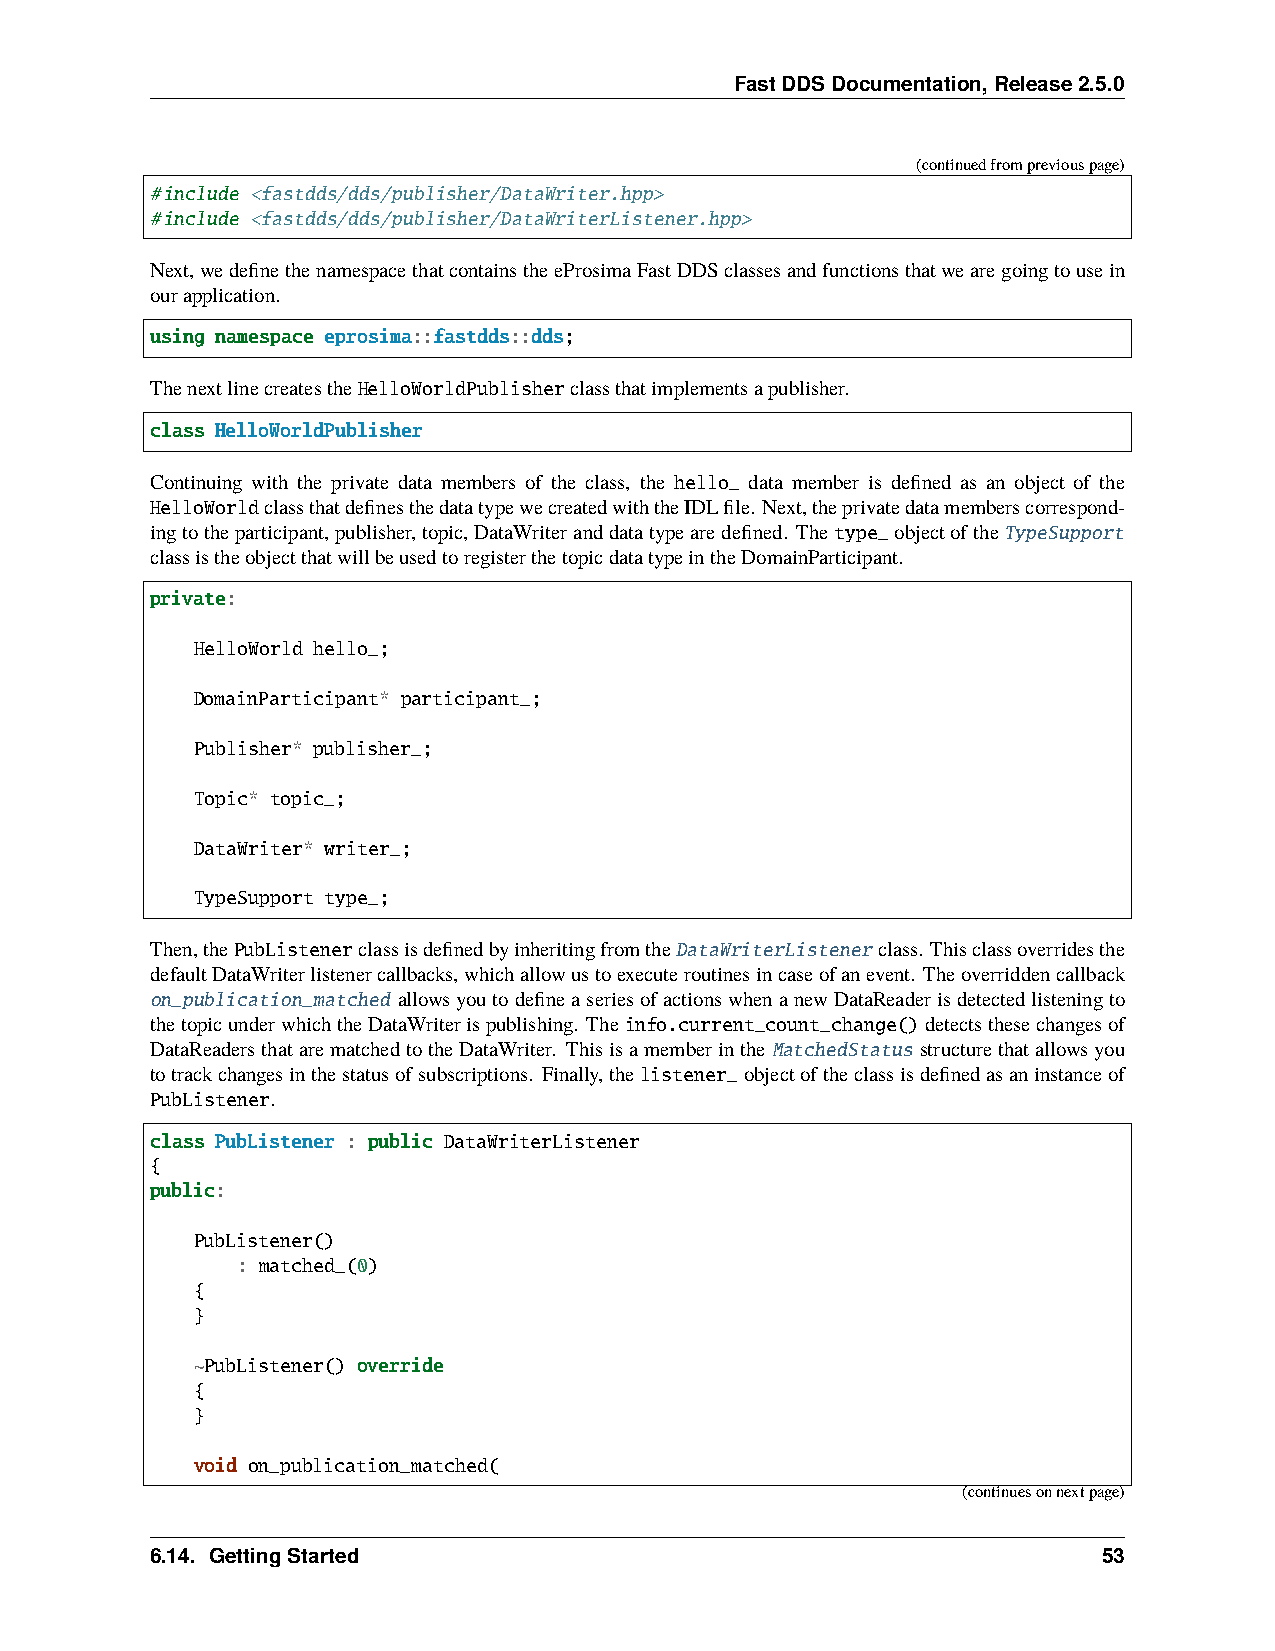
FastDDSDocumentation,Release2.5.0
 (continuedfrompreviouspage)
 #include <fastdds/dds/publisher/DataWriter.hpp>
 #include <fastdds/dds/publisher/DataWriterListener.hpp>
 Next,wedefinethenamespacethatcontainstheeProsimaFastDDSclassesandfunctionsthatwearegoingtousein
 ourapplication.
 using namespace eprosima::fastdds::dds;
 ThenextlinecreatestheHelloWorldPublisherclassthatimplementsapublisher.
 class HelloWorldPublisher
 Continuing with the private data members of the class, the hello_ data member is defined as an object of the
 HelloWorldclassthatdefinesthedatatypewecreatedwiththeIDLfile. Next,theprivatedatamemberscorrespond-
 ingtotheparticipant,publisher,topic,DataWriteranddatatypearedefined. Thetype_objectoftheTypeSupport
 classistheobjectthatwillbeusedtoregisterthetopicdatatypeintheDomainParticipant.
 private:
 HelloWorld hello_;
 DomainParticipant* participant_;
 Publisher* publisher_;
 Topic* topic_;
 DataWriter* writer_;
 TypeSupport type_;
 Then,thePubListenerclassisdefinedbyinheritingfromtheDataWriterListenerclass. Thisclassoverridesthe
 defaultDataWriterlistenercallbacks,whichallowustoexecuteroutinesincaseofanevent. Theoverriddencallback
 on_publication_matched allowsyoutodefineaseriesofactionswhenanewDataReaderisdetectedlisteningto
 thetopicunderwhichtheDataWriterispublishing. Theinfo.current_count_change()detectsthesechangesof
 DataReadersthatarematchedtotheDataWriter. ThisisamemberintheMatchedStatus structurethatallowsyou
 totrackchangesinthestatusofsubscriptions. Finally,thelistener_objectoftheclassisdefinedasaninstanceof
 PubListener.
 class PubListener : public DataWriterListener
 {
 public:
 PubListener()
 : matched_(0)
 {
 }
 ~PubListener() override
 {
 }
 void on_publication_matched(
 (continuesonnextpage)
 6.14. GettingStarted                                           53